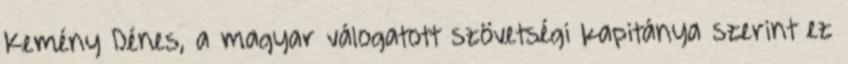
Kemény Dénes, a magyar válogatott szövetségi kapitánya szerint ez